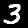
Label: 3